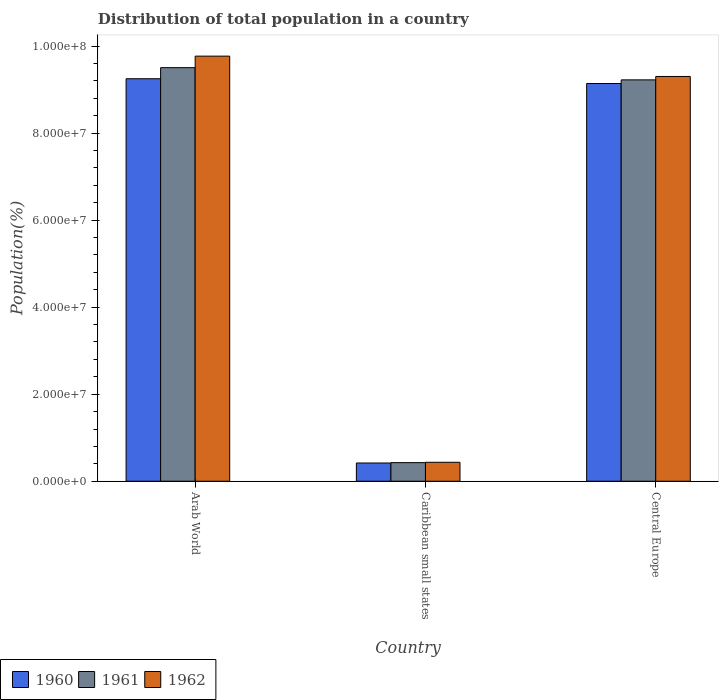
| Country | 1960 | 1961 | 1962 |
 | --- | --- | --- | --- |
 | Arab World | 9.25e+07 | 9.5e+07 | 9.77e+07 |
 | Caribbean small states | 4.19e+06 | 4.27e+06 | 4.35e+06 |
 | Central Europe | 9.14e+07 | 9.22e+07 | 9.3e+07 |